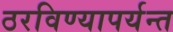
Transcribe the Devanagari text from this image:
ठरविण्यापर्यन्त